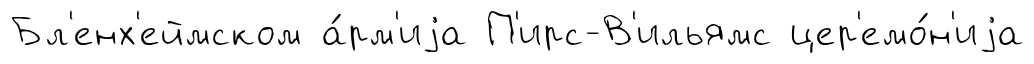
Бл'енх'еймском а́рм'иjа П'ирс-В'ильямс цер'емо́н'иjа